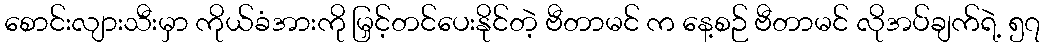
စောင်းလျားသီးမှာ ကိုယ်ခံအားကို မြှင့်တင်ပေးနိုင်တဲ့ ဗီတာမင် က နေ့စဉ် ဗီတာမင် လိုအပ်ချက်ရဲ့ ၅၇